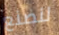
لنصنع